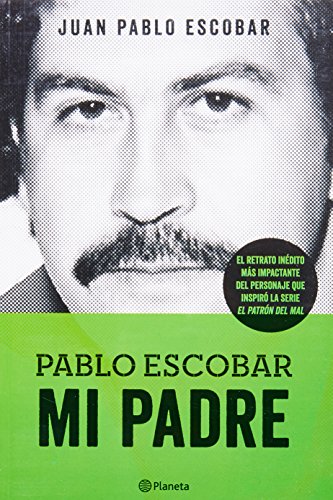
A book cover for Pablo Escobar. Mi padre (Las Historias Que No Deberiamos Saber) (Spanish Edition); Juan Pablo Escobar; Biographies & Memoirs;